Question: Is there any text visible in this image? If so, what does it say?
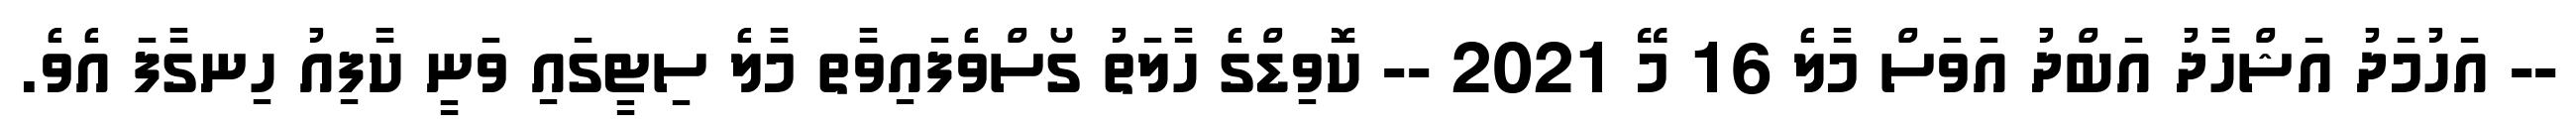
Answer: -- އަހުމަދު އަޝްހާދު އަބްދު އަވަސް މާލެ 16 މޭ 2021 -- ކޮވިޑްގެ ހާލަތު ގޯސްވެފައިވާތ މާލެ ސިޓީގައި ވަނީ ކާފިއު ހިނގާފަ އެވެ.